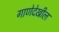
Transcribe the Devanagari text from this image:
गाणेदेखील